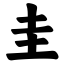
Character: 圭